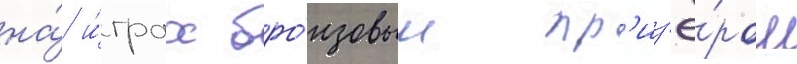
на́ и́грах бро́нзовым пр'из'ё́ром